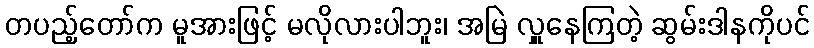
တပည့်တော်က မူအားဖြင့် မလိုလားပါဘူး၊ အမြဲ လှူနေကြတဲ့ ဆွမ်းဒါနကိုပင်